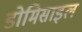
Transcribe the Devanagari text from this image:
डोमिसाइल